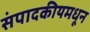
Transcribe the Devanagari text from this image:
संपादकीयमधून